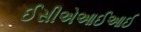
ઈસીએઆઈઆઈ